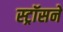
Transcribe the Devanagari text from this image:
स्ट्रॉसने